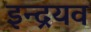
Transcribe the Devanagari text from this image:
इन्द्रयव